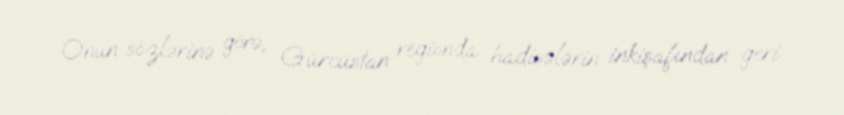
Onun sözlərinə görə, Gürcüstan regionda hadisələrin inkişafından geri